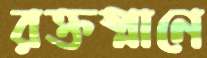
রক্তস্নানে